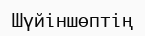
Шүйіншөптің